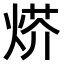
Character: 𤊍